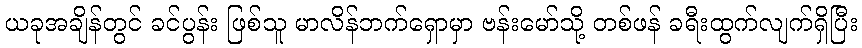
ယခုအချိန်တွင် ခင်ပွန်း ဖြစ်သူ မာလိန်ဘက်ရှောမှာ ဗန်းမော်သို့ တစ်ဖန် ခရီးထွက်လျက်ရှိပြီး